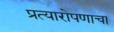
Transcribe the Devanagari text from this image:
प्रत्यारोपणाचा